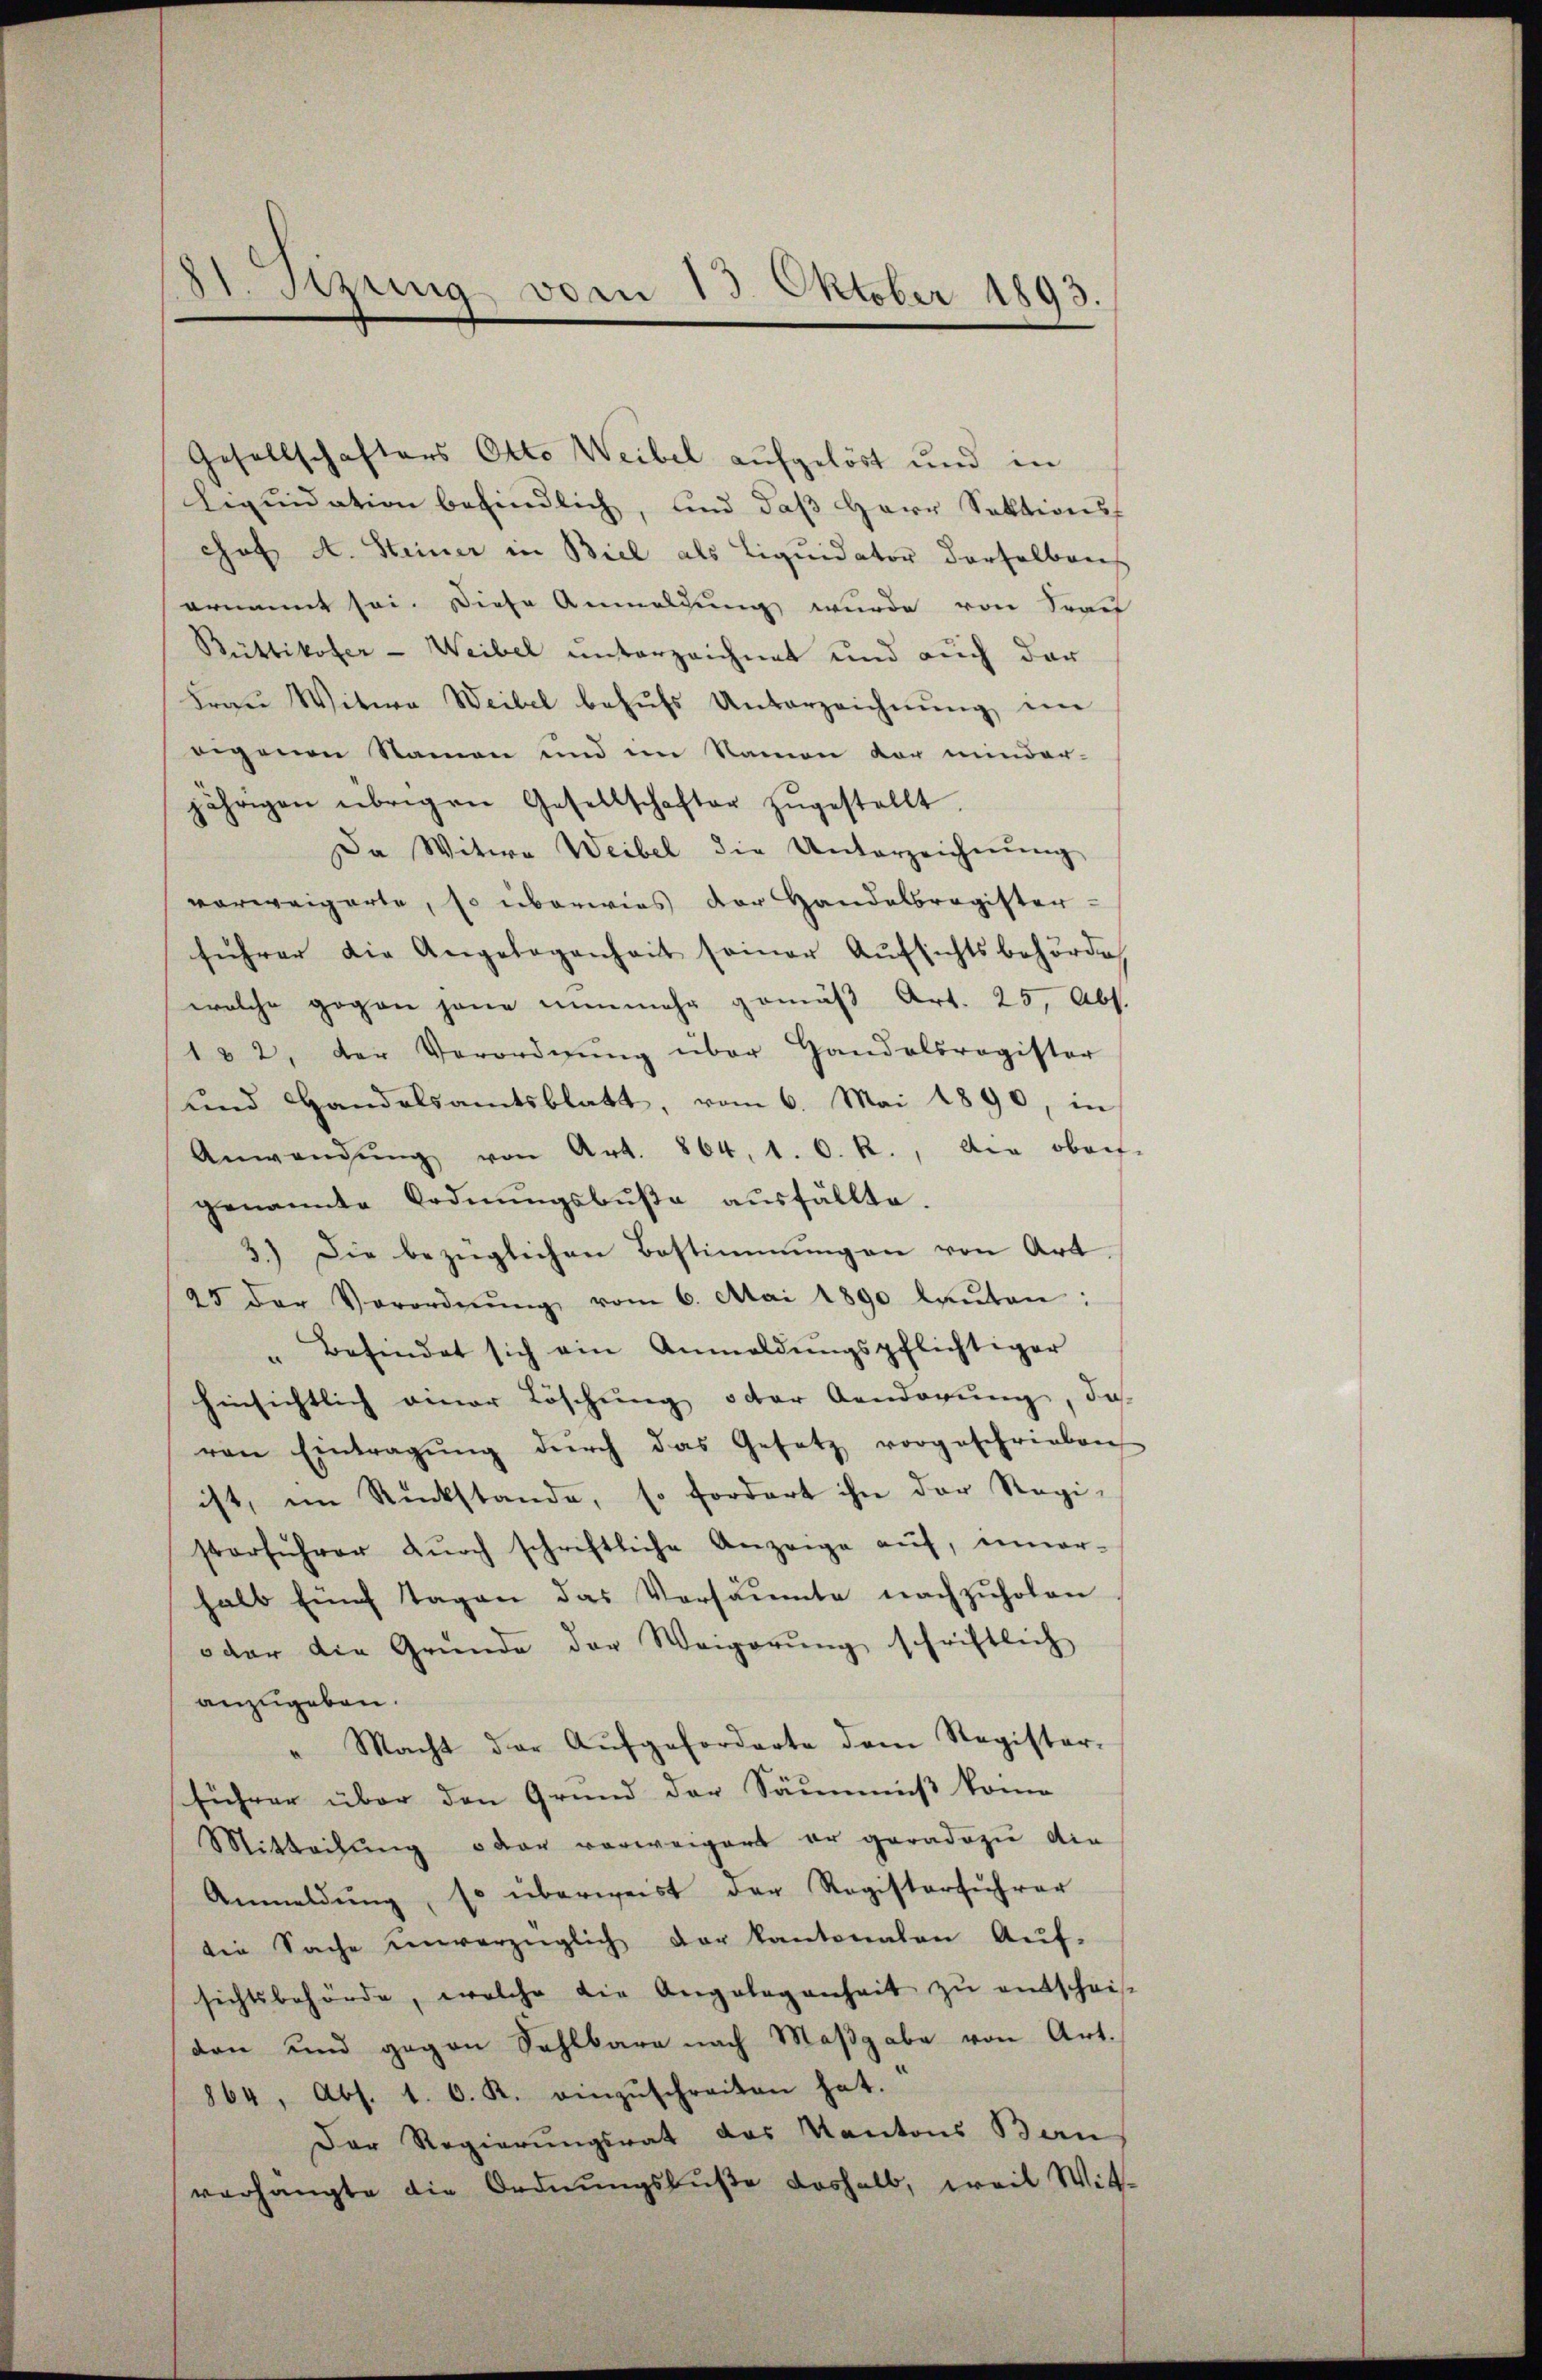
3. Sepung vom 13. Oktober 1893.

Gesellschafters Otto Weibel aufgelöst und in
Liqŭidation befindlich, und daβ Herr Sektionsf
chof A. Steiner in Biel als Liquidator derselbens
ernannt sei. Diese Anmeldung wurde von Srau
Büttikofer - Weibel unterzeichnet und auch dar
Frau Witwe Weibel behŭfs Unterzeichnung im
eegenen Namen und im Namen der minder-
jährigen übrigen Gesellschafter zŭgestellt.
Da Witwe Weibel die Unterzeichnŭng
vorweigerte, so überwies der Handelbragister-
führer die Angelegenheit seiner Aŭfsichtsbehörde,
welche gegen jene nunmehr gemäß Art. 25, Abs.
182, der Verordnŭng über Handelsregister
und Handelsamtsblatt, vom 6. Mai 1890, in
Anwendŭng von Art. 864, 1. 6. R., die oberf
genannte Ordnŭngsbŭβe aŭsfällte.
3.) Die bezüglichen Bestimmungen von Art
25 der Verordnŭng vom 6. Mai 1890 laŭten:
" befindet sich ein Anmeldŭngspflichtiger
hinsichtlich einer Löschung oder Aenderung, das
von Eintragŭng dŭrch das Gesetz vorgeschrieben
ist, im Rückstände, so fordert ihn der Regi-
storführer dŭrch schriftliche Anzeige auf, uner-
halb fünf Tagen das Versäumte nachzuholen
oder die Gründe der Weigerŭng schriftlich
anzugeben.
" Macht der Aŭfgeforderte dem Register-
führer über den Grund der Säumniß komme
Mitteilung oder vorweigert er geradezu die
Anmeldŭng, so überweist der Registerführer
die Sache unverzüglich der Kantonalen Aŭf-
sichtsbehörde, welche die Angelegenheit zŭ entschei-
den und gegen Sahlbare nach Maβgabe von Art.
864, Abs. 1. O. R. einzŭschreiten hat.
Der Regierungsrat das Kantons Ban
verhängte die Ordnungsbuße deshalb, weil Witt¬